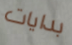
بدايات